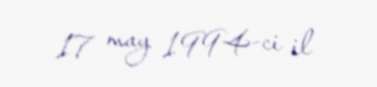
17 may 1994-ci il